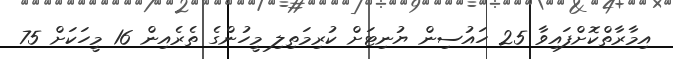
އިމާރާތްކޮށްފައިވާ 25 ހައުސިން ޔުނިޓަށް ކުރިމަތިލި މީހުންގެ ތެރެއިން 16 މީހަކަށް 75